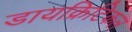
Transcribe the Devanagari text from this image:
डायक्रिटिकल